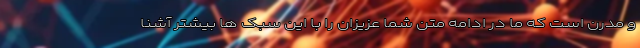
و مدرن است که ما در ادامه متن شما عزیزان را با این سبک ها بیشتر آشنا